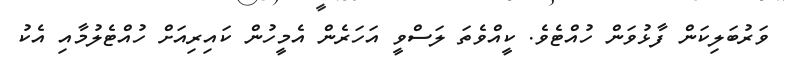
ވަރުބަލިކަން ފާޅުވަން ހުއްޓެވެ. ކީއްވެތަ ލަސްވީ އަހަރެން އެމީހުން ކައިރިއަށް ހުއްޓެލުމާއި އެކު